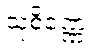
သုစိဏ္ဏေ